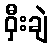
ဝှီးချဲ